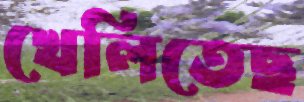
খেলিতেছ